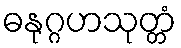
ဓနုဂ္ဂဟသုတ္တံ